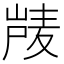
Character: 𰎴